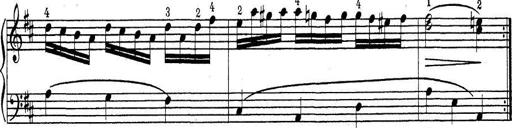
Title: ÄŒeskÃ© Sonatiny
Composer: Various